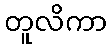
တူလိကာ